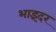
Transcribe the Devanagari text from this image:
भाइंदर